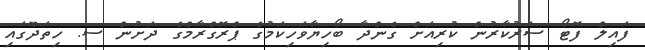
ފައިލް ފޮޓޯ ސަރުކާރުން ކުރިއަށް ގެންދާ ބޯހިޔާވަހިކަމުގެ ޕްރޮގްރާމްގެ ދަށުން ސ. ހިތަދޫގައި